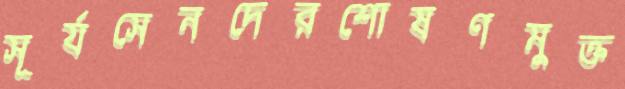
সূর্যসেনদেরশোষণমুক্ত